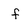
Character: f